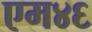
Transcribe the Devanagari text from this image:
एम४६